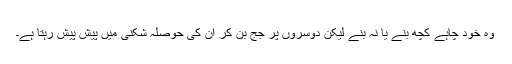
وہ خود چاہے کچھ بنے یا نہ بنے لیکن دوسروں پر جج بن کر ان کی حوصلہ شکنی میں پیش پیش رہتا ہے۔